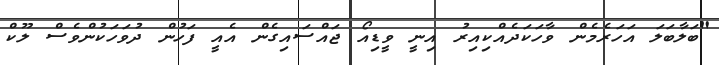
"ބަލާބަލަ އަހަރެމެން ވާހަކަދެއްކިއިރު އިނީ ވީޑިއޯ ޖައްސައިގެން އެއީ ފަހުން ދުވަހަކުންވެސް ލޫކް